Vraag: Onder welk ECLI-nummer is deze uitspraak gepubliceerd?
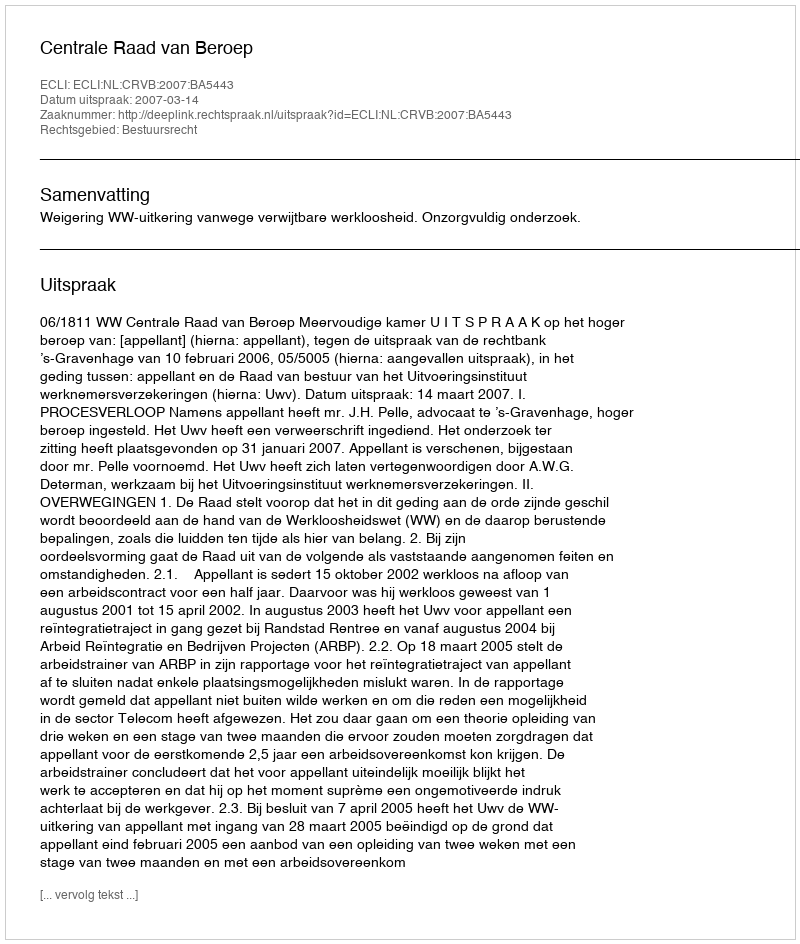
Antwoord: ECLI:NL:CRVB:2007:BA5443